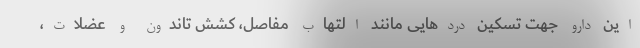
این دارو جهت تسکین دردهایی مانند التهاب مفاصل، کشش تاندون و عضلات،